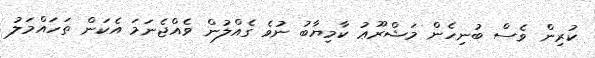
ކުރިން ވެސް ބުނިހެން މަޝްރޫޢު ކާމިޔާބު ނުވެ ގެއްލުން ވެއްޖެނަމަ އެކަން ތަހައްމަލު